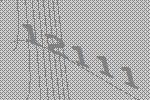
12111